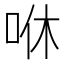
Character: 咻